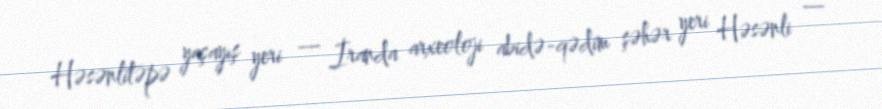
Həsənlitəpə yaşayış yeri — İranda arxeoloji abidə-qədim şəhər yeri Həsənli —